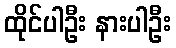
ထိုင်ပါဦး နားပါဦး